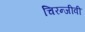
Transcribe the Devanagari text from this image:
चिरन्जीवी